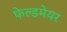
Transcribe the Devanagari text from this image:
फेल्डमेयर